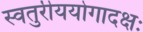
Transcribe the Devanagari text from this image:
स्वतुरीययोगादक्षः